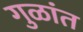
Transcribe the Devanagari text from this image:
गुळांत